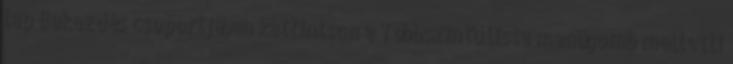
lap Bekezdés csoportjában kattintson a Többszintű lista menügomb melletti